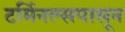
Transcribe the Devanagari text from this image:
टर्मिनल्सपासून